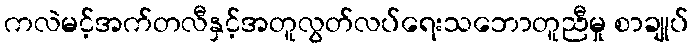
ကလဲမင့်အက်တလီနှင့်အတူလွတ်လပ်ရေးသဘောတူညီမှု စာချုပ်